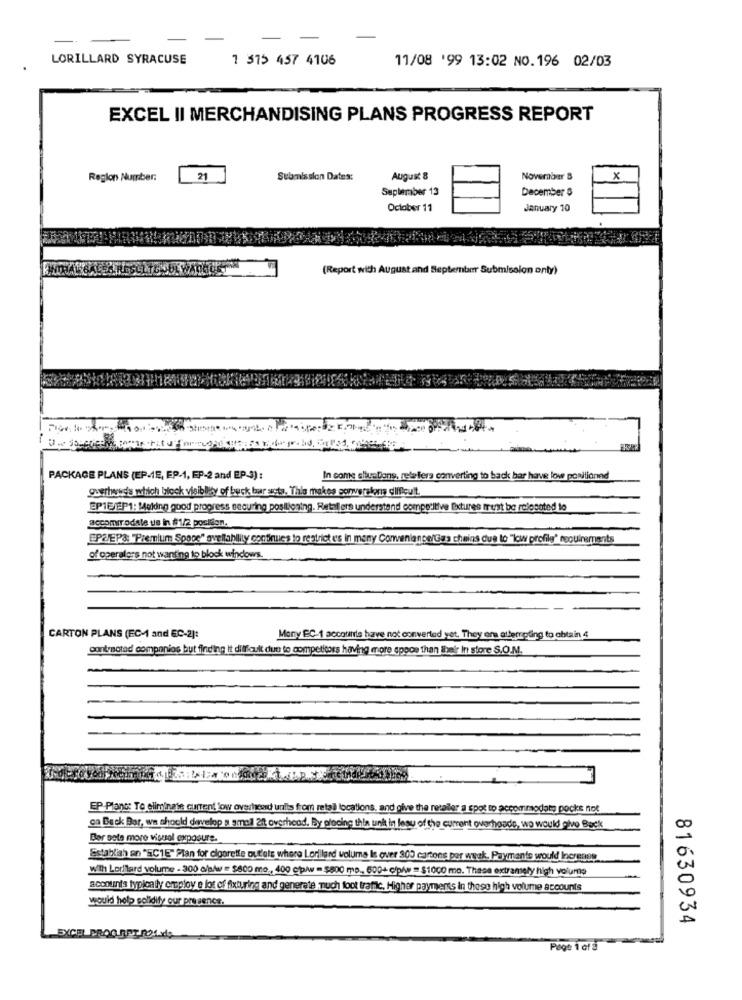
LORILLARD SYRACUSE
1 375 457 4106
11/08 '99 13:02 NO.196 02/03
EXCEL II MERCHANDISING PLANS PROGRESS REPORT
Region Number:
21
Submission Dates:
August 8
November &
X
September 13
December &
October 11
January 10
(Report with August and September Submission anty)
PACKAGE PLANS (EP-1E, EP-1, EP-2 and EP-3) :
In come situations, retefers converting to back bar have low positionnd
overhowis which block visiblety of buck tur acts. This makes sonversione difficult
EP1E/EP1: Melding good propress securing positioning. Retailers understand competitive fixtures must be relocated to
accomir odale ue in #1/2 position.
POEP&: "Premium Spooc" ovllahlity continues to restrict es in many Convenience/Gas chains due to "low profile' requirements
of operators not wanting to block windows.
CARTON PLANS (FC-1 and EC-2]:
Mony EC-1 accounts have not converted yet. They ens attempting to obtain 4
contractad companies but finding it difficult due to competitors having more spoce than their In store S.O.M.
EP-Plans To eliminate current low overheen untis from retall locations, and give the realler a spot to accommodate pocks not
ga Beck Bar, wa shockd develop a small 2ft overhead. By placing thin unk in lesu of the current overheads, wo would olve Back
DO
Ber sete more visual exposure.
Establish an *SC1E" Plan for cigarette out'ets where Lorillard volume Is over 300 cartons per weak. Payments would Increase
With Lorilard volume - 300 a/aAw = $800 me ., 400 c/w = $800 mp ., 600+ c/p/ww = $1000 mo. These extremely high volume
accounts typically employ e lot of fixturing and generate much foot trafic, Higher payments in these high volume accounts
would help solidify our presence.
A
81630934
EXCEL PROCURATROL de
Page 1 of 3